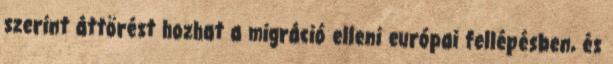
szerint áttörést hozhat a migráció elleni európai fellépésben, és